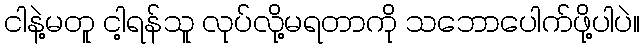
ငါနဲ့မတူ ငါ့ရန်သူ လုပ်လို့မရတာကို သဘောပေါက်ဖို့ပါပဲ။